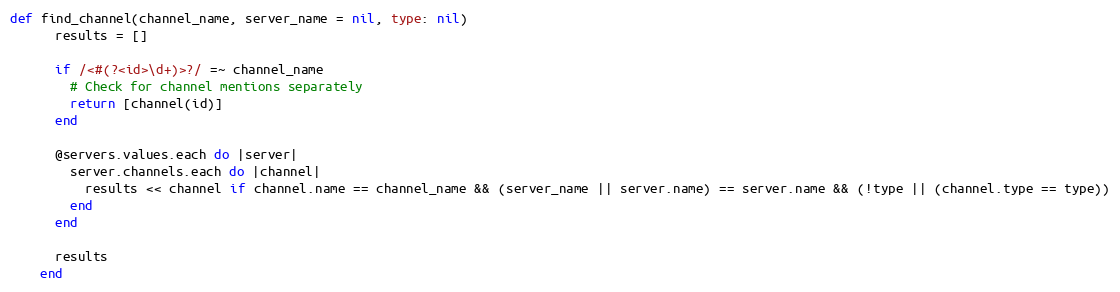
Language: Ruby
def find_channel(channel_name, server_name = nil, type: nil)
      results = []

      if /<#(?<id>\d+)>?/ =~ channel_name
        # Check for channel mentions separately
        return [channel(id)]
      end

      @servers.values.each do |server|
        server.channels.each do |channel|
          results << channel if channel.name == channel_name && (server_name || server.name) == server.name && (!type || (channel.type == type))
        end
      end

      results
    end